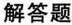
解答题